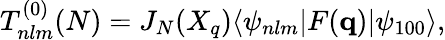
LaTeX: T_{nlm}^{(0)}(N)=J_{N}(X_{q})\langle\psi_{nlm}|F(\mathbf{q})|\psi_{100}\rangle,